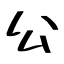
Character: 公